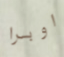
اوبرا